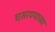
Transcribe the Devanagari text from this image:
घसरण्याच्या